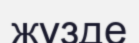
жүзде